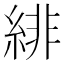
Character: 緋